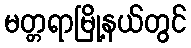
မတ္တရာမြို့နယ်တွင်